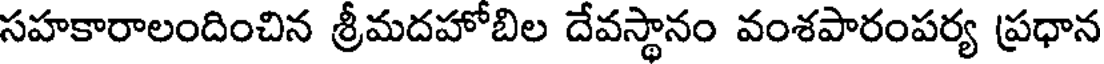
సహకారాలందించిన శ్రీమదహోబిల దేవస్థానం వంశపారంపర్య (ప్రధాన